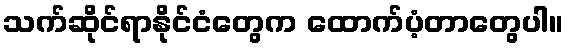
သက်ဆိုင်ရာနိုင်ငံတွေက ထောက်ပံ့တာတွေပါ။